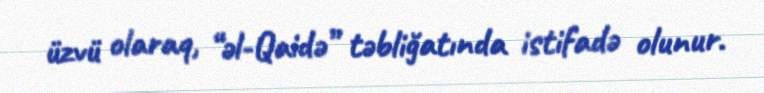
üzvü olaraq, “əl-Qaidə” təbliğatında istifadə olunur.